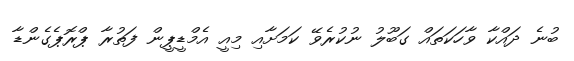
ބުނެ ދައްކާ ވާހަކަތައް ގަބޫލު ނުކުރެވޭ ކަމަށާއި މިއީ އެމްޑީޕީން ފަތުރާ ޕްރޮޕެގެންޑާ